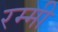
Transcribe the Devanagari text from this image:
रम्मी